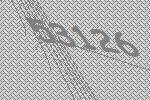
53126